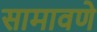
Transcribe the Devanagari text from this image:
सामावणे